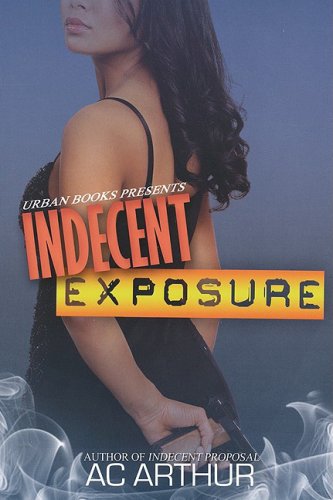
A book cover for Indecent Exposure; A.C. Arthur; Romance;